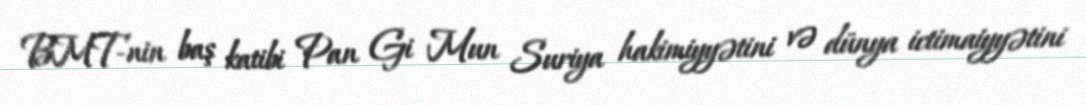
BMT-nin baş katibi Pan Gi Mun Suriya hakimiyyətini və dünya ictimaiyyətini